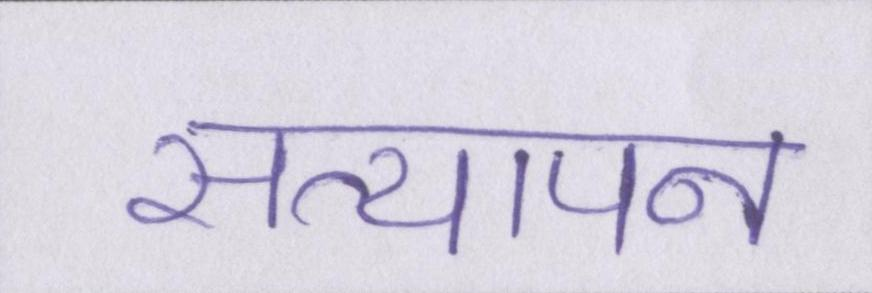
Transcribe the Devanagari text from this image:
सत्यापन